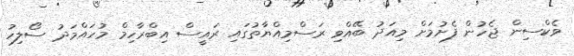
ވެކްސިން ޖެހުން ފެށުމަށް މިއަދު ބޭއްވި ރަސްމިއްޔާތުގައި ރައީސް އިބްރާހިމް މުހައްމަދު ސޯލިހު